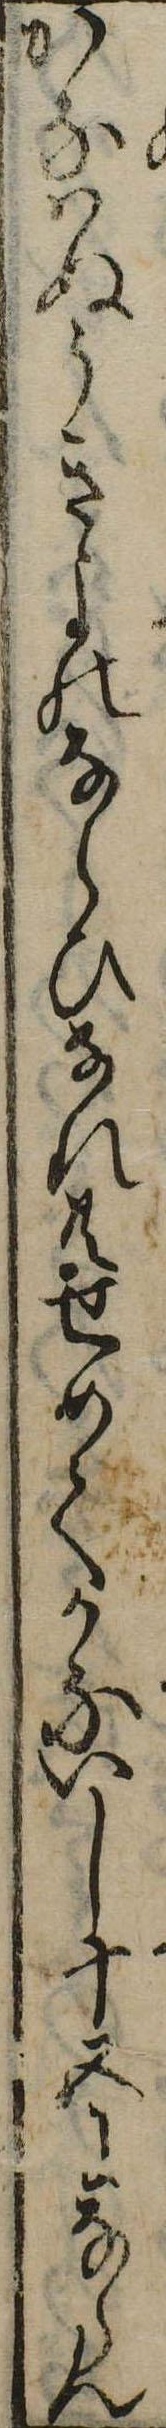
かなはぬうきよのならひなれ共せめてかないし十五にならん